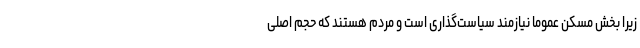
زیرا بخش مسکن عموماً نیازمند سیاست‌گذاری است و مردم هستند که حجم اصلی